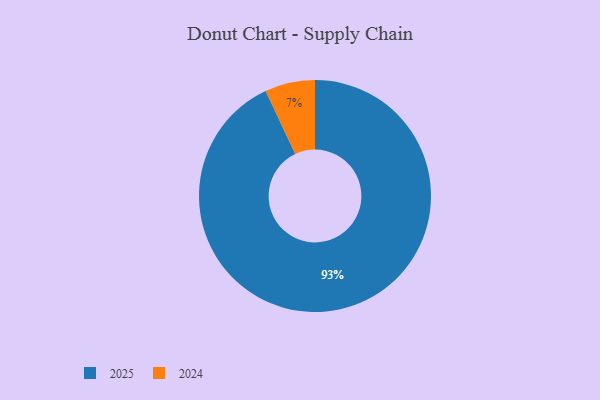
{"axis": {"x": "Category", "y": "Percentage"}, "legend": ["2024", "2025"], "data": [{"x": "2024", "y": 7, "type": "2024"}, {"x": "2025", "y": 93, "type": "2025"}]}